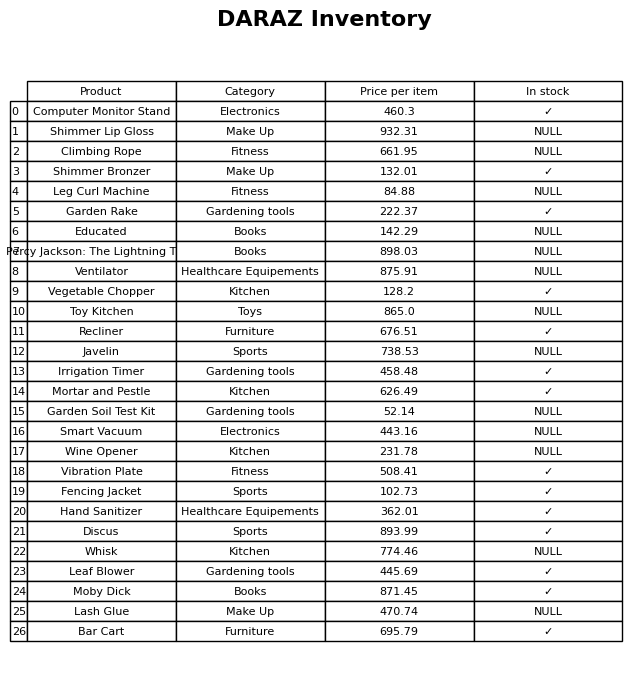
question: What is the stock status of the Wine Opener?
answer: NULL